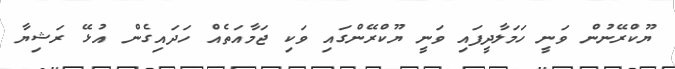
ޔޫކްރޭނުން ވަނީ ހަމަލާދީފައި ވަނީ ޔޫކްރޭންގައި ވަކި ޖަމާއަތެއް ހަދައިގެން އުޅޭ ރަޝިޔާ